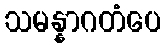
သမန္နာဂတံပေ